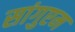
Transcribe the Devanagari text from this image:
सांगुएम